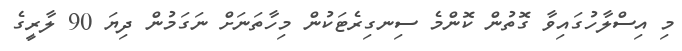
މި އިސްލާހުގައިވާ ގޮތުން ކޮންމެ ސިނގިރެޓަކުން މިހާތަނަށް ނަގަމުން ދިޔަ 90 ލާރީގެ